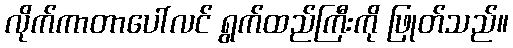
လိုက်ကာတာပေါ်လင် ရွက်ထည်ကြီးကို ဖြုတ်သည်။